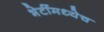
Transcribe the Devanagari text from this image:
भेटींमध्येच